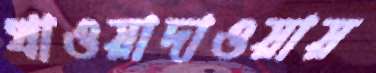
খাওয়াদাওয়ায়